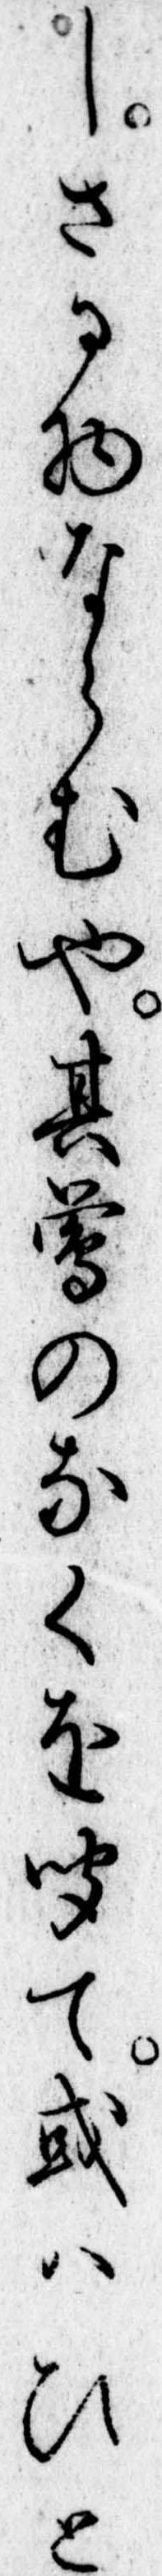
しさる物ならむや其鴬のなくを聞て或はひと